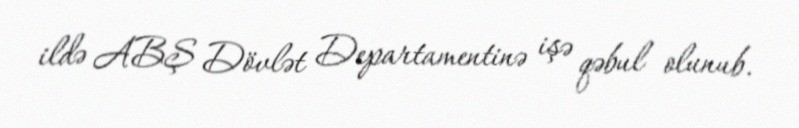
ildə ABŞ Dövlət Departamentinə işə qəbul olunub.